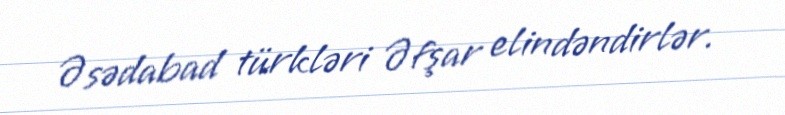
Əsədabad türkləri Əfşar elindəndirlər.